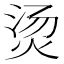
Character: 烫